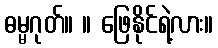
ဓမ္မဂုတ်။ ။ ဖြေနိုင်ရဲ့လား။